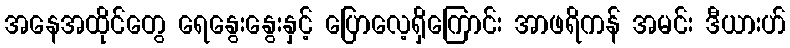
အနေအထိုင်တွေ ရေနွေးနွေးနှင့် ပြောလေ့ရှိကြောင်း အာဖရိကန် အမင်း ဒီယားဟ်